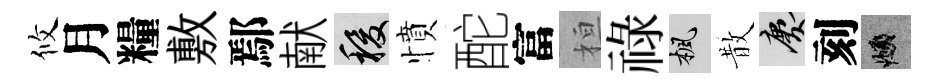
攸月糧敷鄢献稷憤酡富桓祿楓散慶刻頫